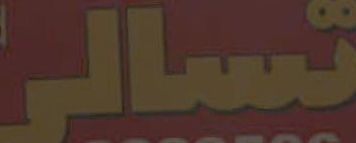
تسالی